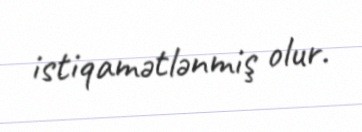
istiqamətlənmiş olur.